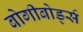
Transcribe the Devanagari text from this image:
बोगीबोर्ड्स